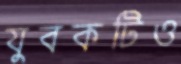
যুবকটিও